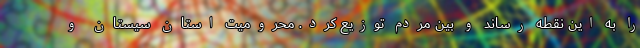
را به این نقطه رساند و بین مردم توزیع کرد. محرومیت استان سیستان و